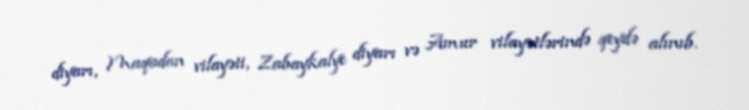
diyarı, Maqadan vilayəti, Zabaykalye diyarı və Amur vilayətlərində qeydə alınıb.